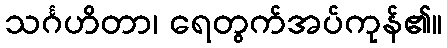
သင်္ဂဟိတာ၊ ရေတွက်အပ်ကုန်၏။